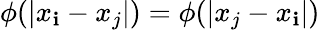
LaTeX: \phi(|x_{\mathbf{i}}-x_{j}|)=\phi(|x_{j}-x_{\mathbf{i}}|)